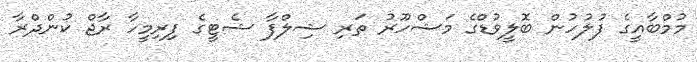
މުމްބާއީގެ ފުލުހުން ބޮލީވުޑްގެ މަޝްހޫރު ތަރި ޝިލްފާ ޝެޓީގެ ފިރިމީހާ ރާޖް ކުންދްރާ